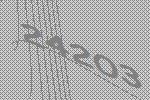
24203